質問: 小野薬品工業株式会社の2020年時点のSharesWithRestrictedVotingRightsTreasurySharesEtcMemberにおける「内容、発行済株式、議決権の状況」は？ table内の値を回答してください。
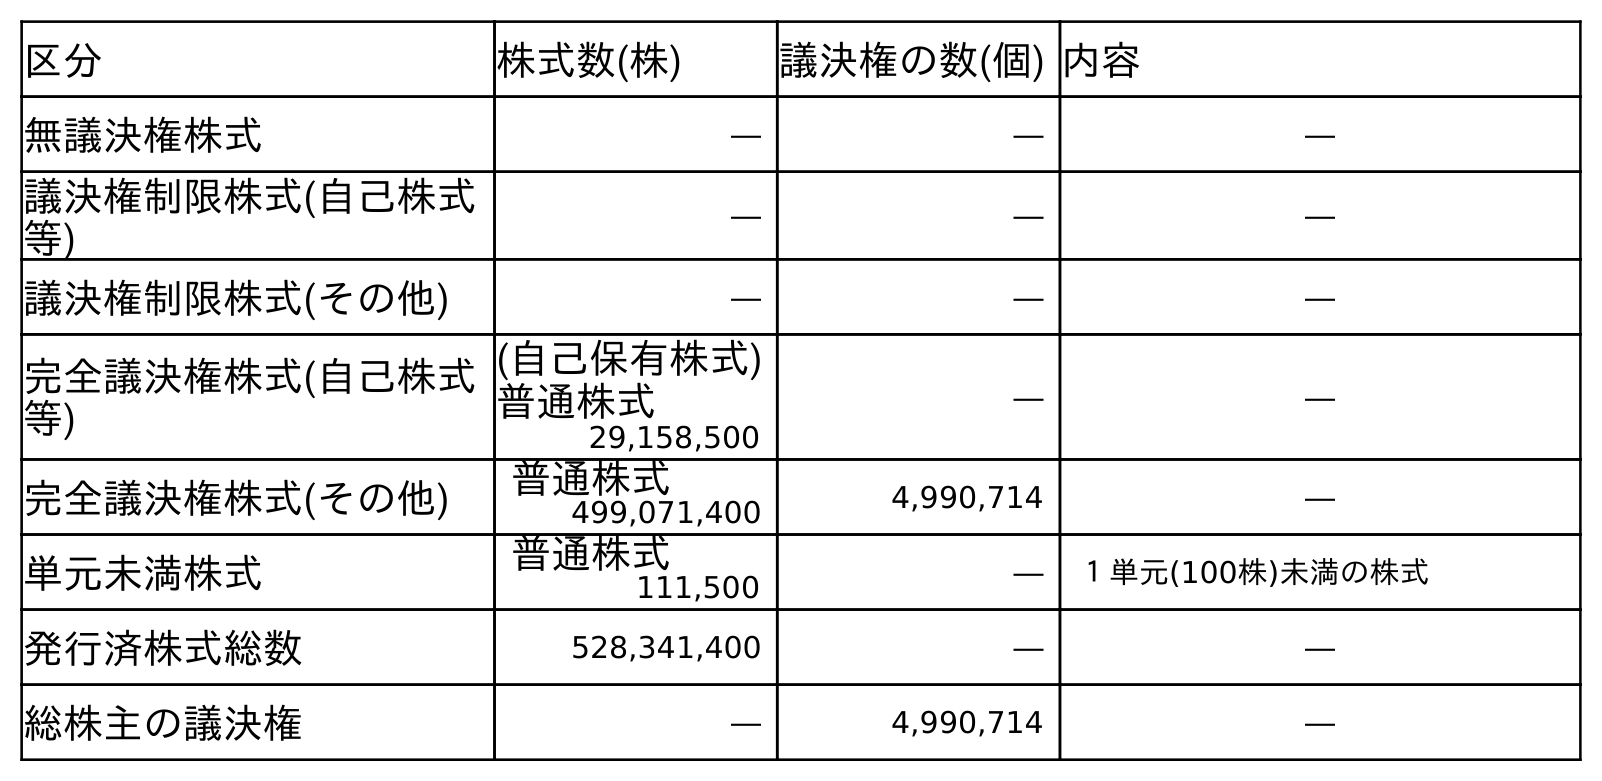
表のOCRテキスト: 区分 株式数(株) 議決権の数(個) 内容 無議決権株式 ― ― ― 議決権制限株式(自己株式 等) ― ― ― 議決権制限株式(その他) ― ― ― 完全議決権株式(自己株式 等) (自己保有株式) 普通株式 ― ― 29,158,500 完全議決権株式(その他) 普通株式 4,990,714 ― 499,071,400 単元未満株式 普通株式 ― １単元(100株)未満の株式 111,500 発行済株式総数 528,341,400 ― ― 総株主の議決権 ― 4,990,714 ―
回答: ―